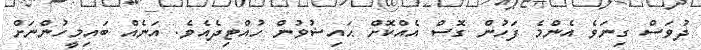
ދުވަސް ގިނަވެ އެންމެ ފަހުން ގޮސް އެއްކޮށް ޙައިޟުވުން ހުއްޓިދެއެވެ. އަނެއް ބައިމީހުންނަށް